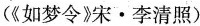
(《如梦令》宋\cdot 李清照)